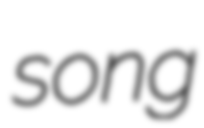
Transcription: song